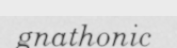
gnathonic